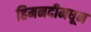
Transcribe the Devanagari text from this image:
हिमनदीमधून